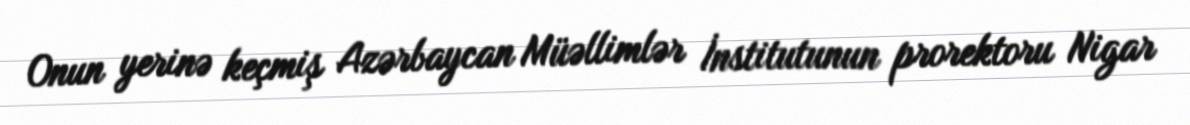
Onun yerinə keçmiş Azərbaycan Müəllimlər İnstitutunun prorektoru Nigar